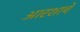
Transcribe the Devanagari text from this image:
आरशाचे